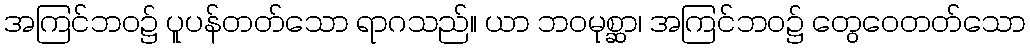
အကြင်ဘဝ၌ ပူပန်တတ်သော ရာဂသည်။ ယာ ဘဝမုစ္ဆာ၊ အကြင်ဘဝ၌ တွေဝေတတ်သော